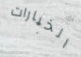
الخيارات